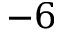
{ - 6 }